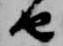
由